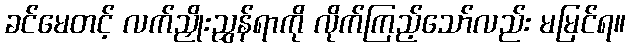
ခင်မေတင့် လက်ညှိုးညွှန်ရာကို လိုက်ကြည့်သော်လည်း မမြင်ရ။